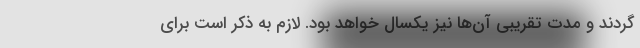
‌گردند و مدت تقریبی آن‌ها نیز یکسال خواهد بود. لازم به ذکر است برای